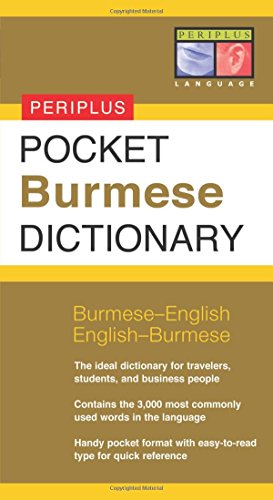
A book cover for Pocket Burmese Dictionary: Burmese-English English-Burmese (Periplus Pocket Dictionaries); Travel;